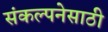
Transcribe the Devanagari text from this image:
संकल्पनेसाठी